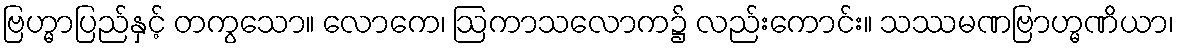
ဗြဟ္မာပြည်နှင့် တကွသော။ လောကေ၊ ဩကာသလောက၌ လည်းကောင်း။ သဿမဏဗြာဟ္မဏိယာ၊